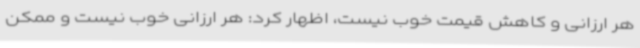
هر ارزانی و کاهش قیمت خوب نیست، اظهار کرد: هر ارزانی خوب نیست و ممکن